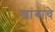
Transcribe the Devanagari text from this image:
खांबाचे